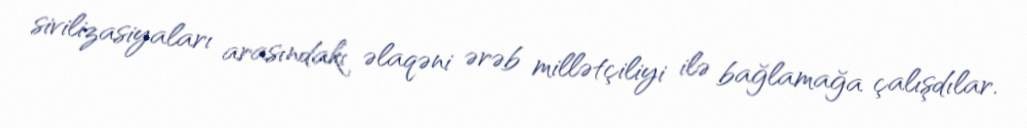
sivilizasiyaları arasındakı əlaqəni ərəb millətçiliyi ilə bağlamağa çalışdılar.